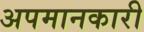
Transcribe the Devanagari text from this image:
अपमानकारी